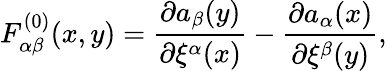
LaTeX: F_{\alpha\beta}^{(0)}(x,y)=\frac{\partial a_{\beta}(y)}{\partial\xi^{\alpha}(x)}-\frac{\partial a_{\alpha}(x)}{\partial\xi^{\beta}(y)},